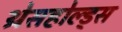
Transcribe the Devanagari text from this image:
थ्रेसहोल्ड्स